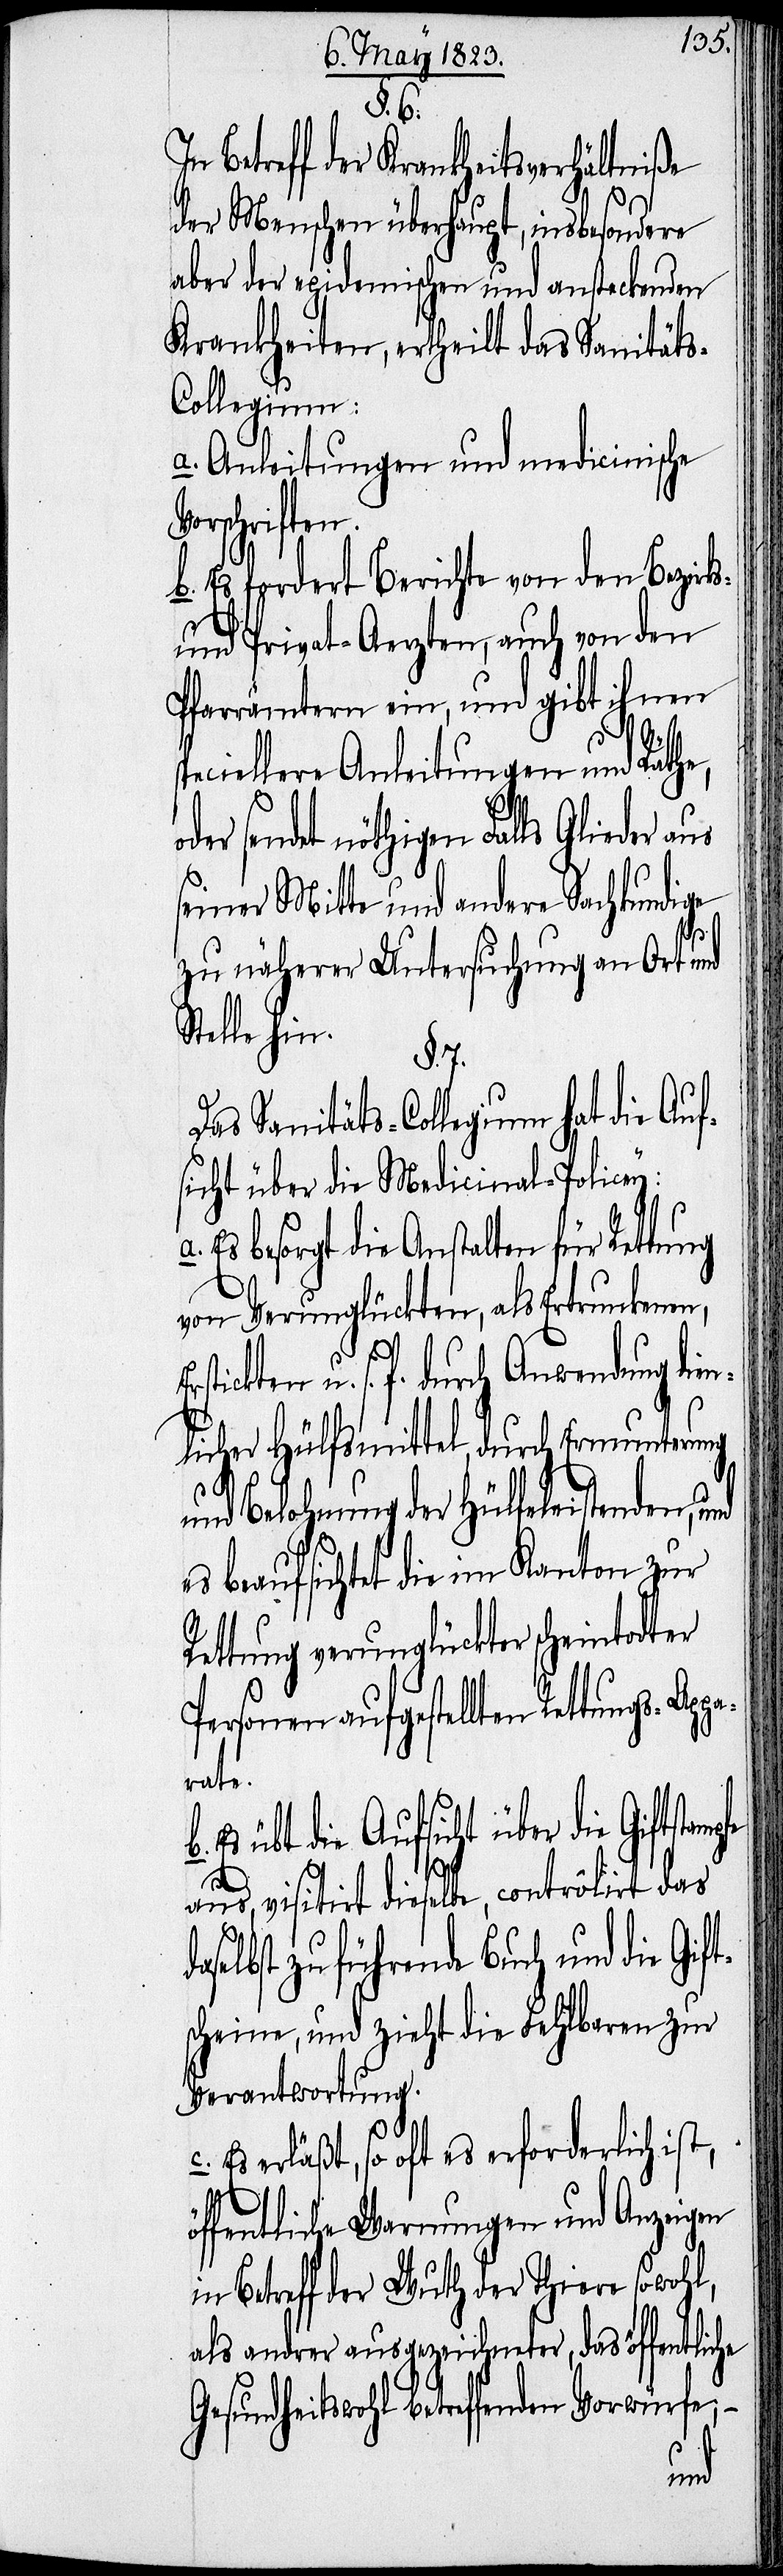
§. 6.
Betreff der Krankheitsverhältniße
V¬
der Menschen überhaupt, insbesondere
aber der epidemischen und ansteckenden
Krankheiten, ertheilt das Sanität¬
ollegium:
a. Anleitungen und medicinische
orschriften.
b. Es fordert Berichte von den Bezirk¬
und Privat-Aerzten, auch von den
Pfarrämtern ein, und gibt ihnen
eciellere Anleitungen und Räthe,
sendet nöthigen Falls Glieder
seiner Mitte und andere Sachkundige
zu näherer Untersuchung an Ort und
Stelle hin.
§. 7.
Das Sanitäts-Collegium hat die Auf¬
sicht über die Medicinal-Policey:
Es besorgt die Anstalten für Rettung
von Verunglückten, als Ertrunkenen,
tickten u. s. f. durch Anwendung dien¬
licher Hülfsmittel, durch Ermunterung
und Belohnung der Hülfeleistenden, und
es beaufsichtet die im Kanton zur
Rettung verunglückter scheintodter
Personen aufgestellten Rettungs-App¬
rate.
führende Buch und die Gift¬
c.
aus, visitirt dieselbe, contrôlirt das
scheine, und zieht die Fehlbaren zur
Verantwortung.
Es erläßt, so oft es erforderlich ist,
öffentliche Warnungen und Anzeigen
Betreff der Wuth der Thiere sowohl,
als andrer ausgezeichneter, das öffentliche
Gesundheitswohl betreffenden Vorwürfe;
–
zu